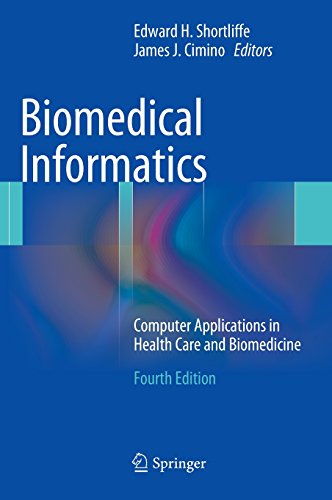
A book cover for Biomedical Informatics: Computer Applications in Health Care and Biomedicine (Health Informatics); Engineering & Transportation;